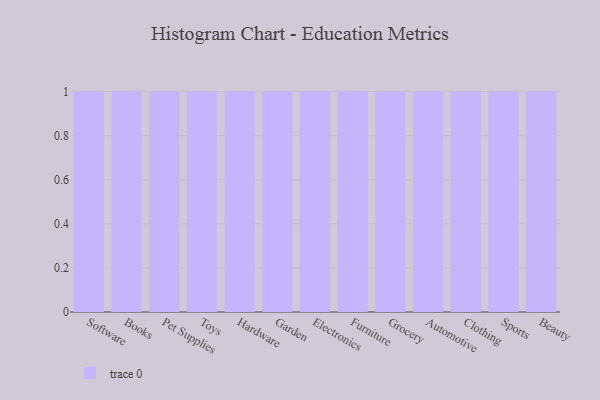
{"axis": {"x": "Category", "y": "Shipments"}, "legend": [""], "data": [{"x": "Software", "y": 51, "type": ""}, {"x": "Books", "y": 71, "type": ""}, {"x": "Pet Supplies", "y": 56, "type": ""}, {"x": "Toys", "y": 55, "type": ""}, {"x": "Hardware", "y": 100, "type": ""}, {"x": "Garden", "y": 5, "type": ""}, {"x": "Electronics", "y": 48, "type": ""}, {"x": "Furniture", "y": 2, "type": ""}, {"x": "Grocery", "y": 81, "type": ""}, {"x": "Automotive", "y": 87, "type": ""}, {"x": "Clothing", "y": 20, "type": ""}, {"x": "Sports", "y": 50, "type": ""}, {"x": "Beauty", "y": 74, "type": ""}]}